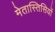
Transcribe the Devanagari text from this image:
मेतास्तिसियों